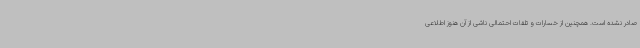
صادر نشده است. همچنین از خسارات و تلفات احتمالی ناشی از آن هنوز اطلاعی